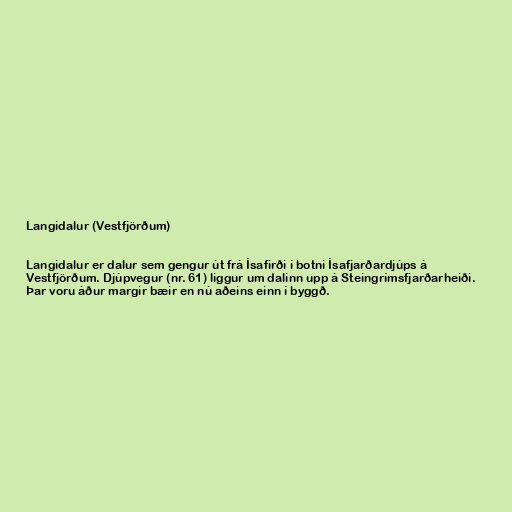
Langidalur (Vestfjörðum)

Langidalur er dalur sem gengur út frá Ísafirði í botni Ísafjarðardjúps á
Vestfjörðum. Djúpvegur (nr. 61) liggur um dalinn upp á Steingrímsfjarðarheiði.
Þar voru áður margir bæir en nú aðeins einn í byggð.